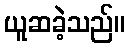
ယူဆခဲ့သည်။